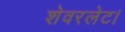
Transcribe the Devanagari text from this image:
शेवरलेट।